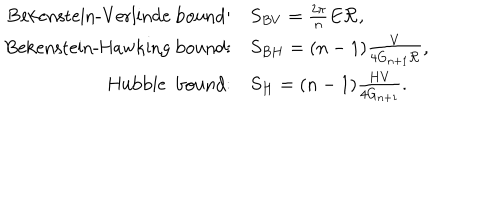
LaTeX: \begin{array} { r l } { { \mathrm { B e k e n s t e i n - V e r l i n d e ~ b o u n d } : } } & { { S _ { B V } = \frac { 2 \pi } { n } E { \cal R } , } } \\ { { \mathrm { B e k e n s t e i n - H a w k i n g ~ b o u n d } : } } & { { S _ { B H } = ( n - 1 ) \frac { V } { 4 G _ { n + 1 } { \cal R } } , } } \\ { { \mathrm { H u b b l e ~ b o u n d } : } } & { { S _ { H } = ( n - 1 ) \frac { H V } { 4 G _ { n + 1 } } . } } \\ \end{array}